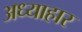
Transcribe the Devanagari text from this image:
अध्याहार